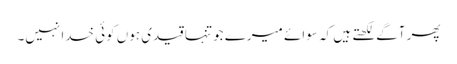
پھر آگے لکھتے ہیں کہ سوائے میرے جو تنہا قیدی ہوں کوئی خدا نہیں۔